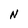
Character: N